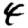
Digit: 4